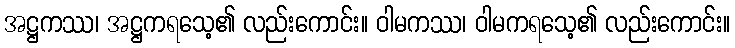
အဋ္ဌကဿ၊ အဋ္ဌကရသေ့၏ လည်းကောင်း။ ဝါမကဿ၊ ဝါမကရသေ့၏ လည်းကောင်း။